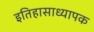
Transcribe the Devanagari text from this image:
इतिहासाध्यापक